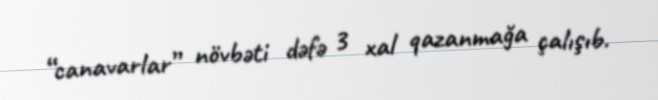
“canavarlar” növbəti dəfə 3 xal qazanmağa çalışıb.